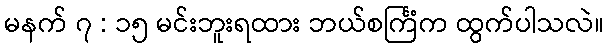
မနက် ၇ : ၁၅ မင်းဘူးရထား ဘယ်စင်္ကြံက ထွက်ပါသလဲ။